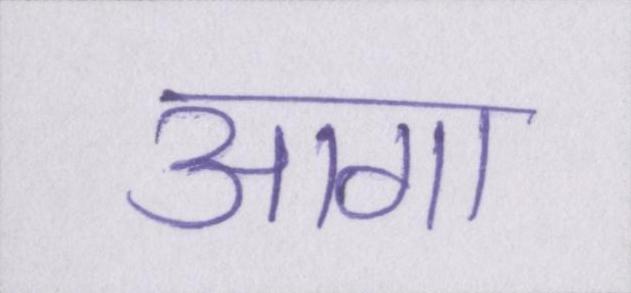
आगा